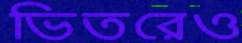
ভিতরেও